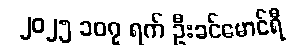
၂၀၂၅ ၁၀၇ ရက် ဦးခင်မောင်ရီ